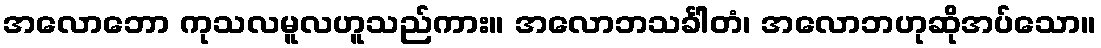
အလောဘော ကုသလမူလဟူသည်ကား။ အလောဘသင်္ခါတံ၊ အလောဘဟုဆိုအပ်သော။